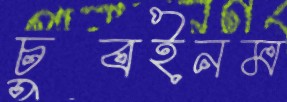
চুবইনম